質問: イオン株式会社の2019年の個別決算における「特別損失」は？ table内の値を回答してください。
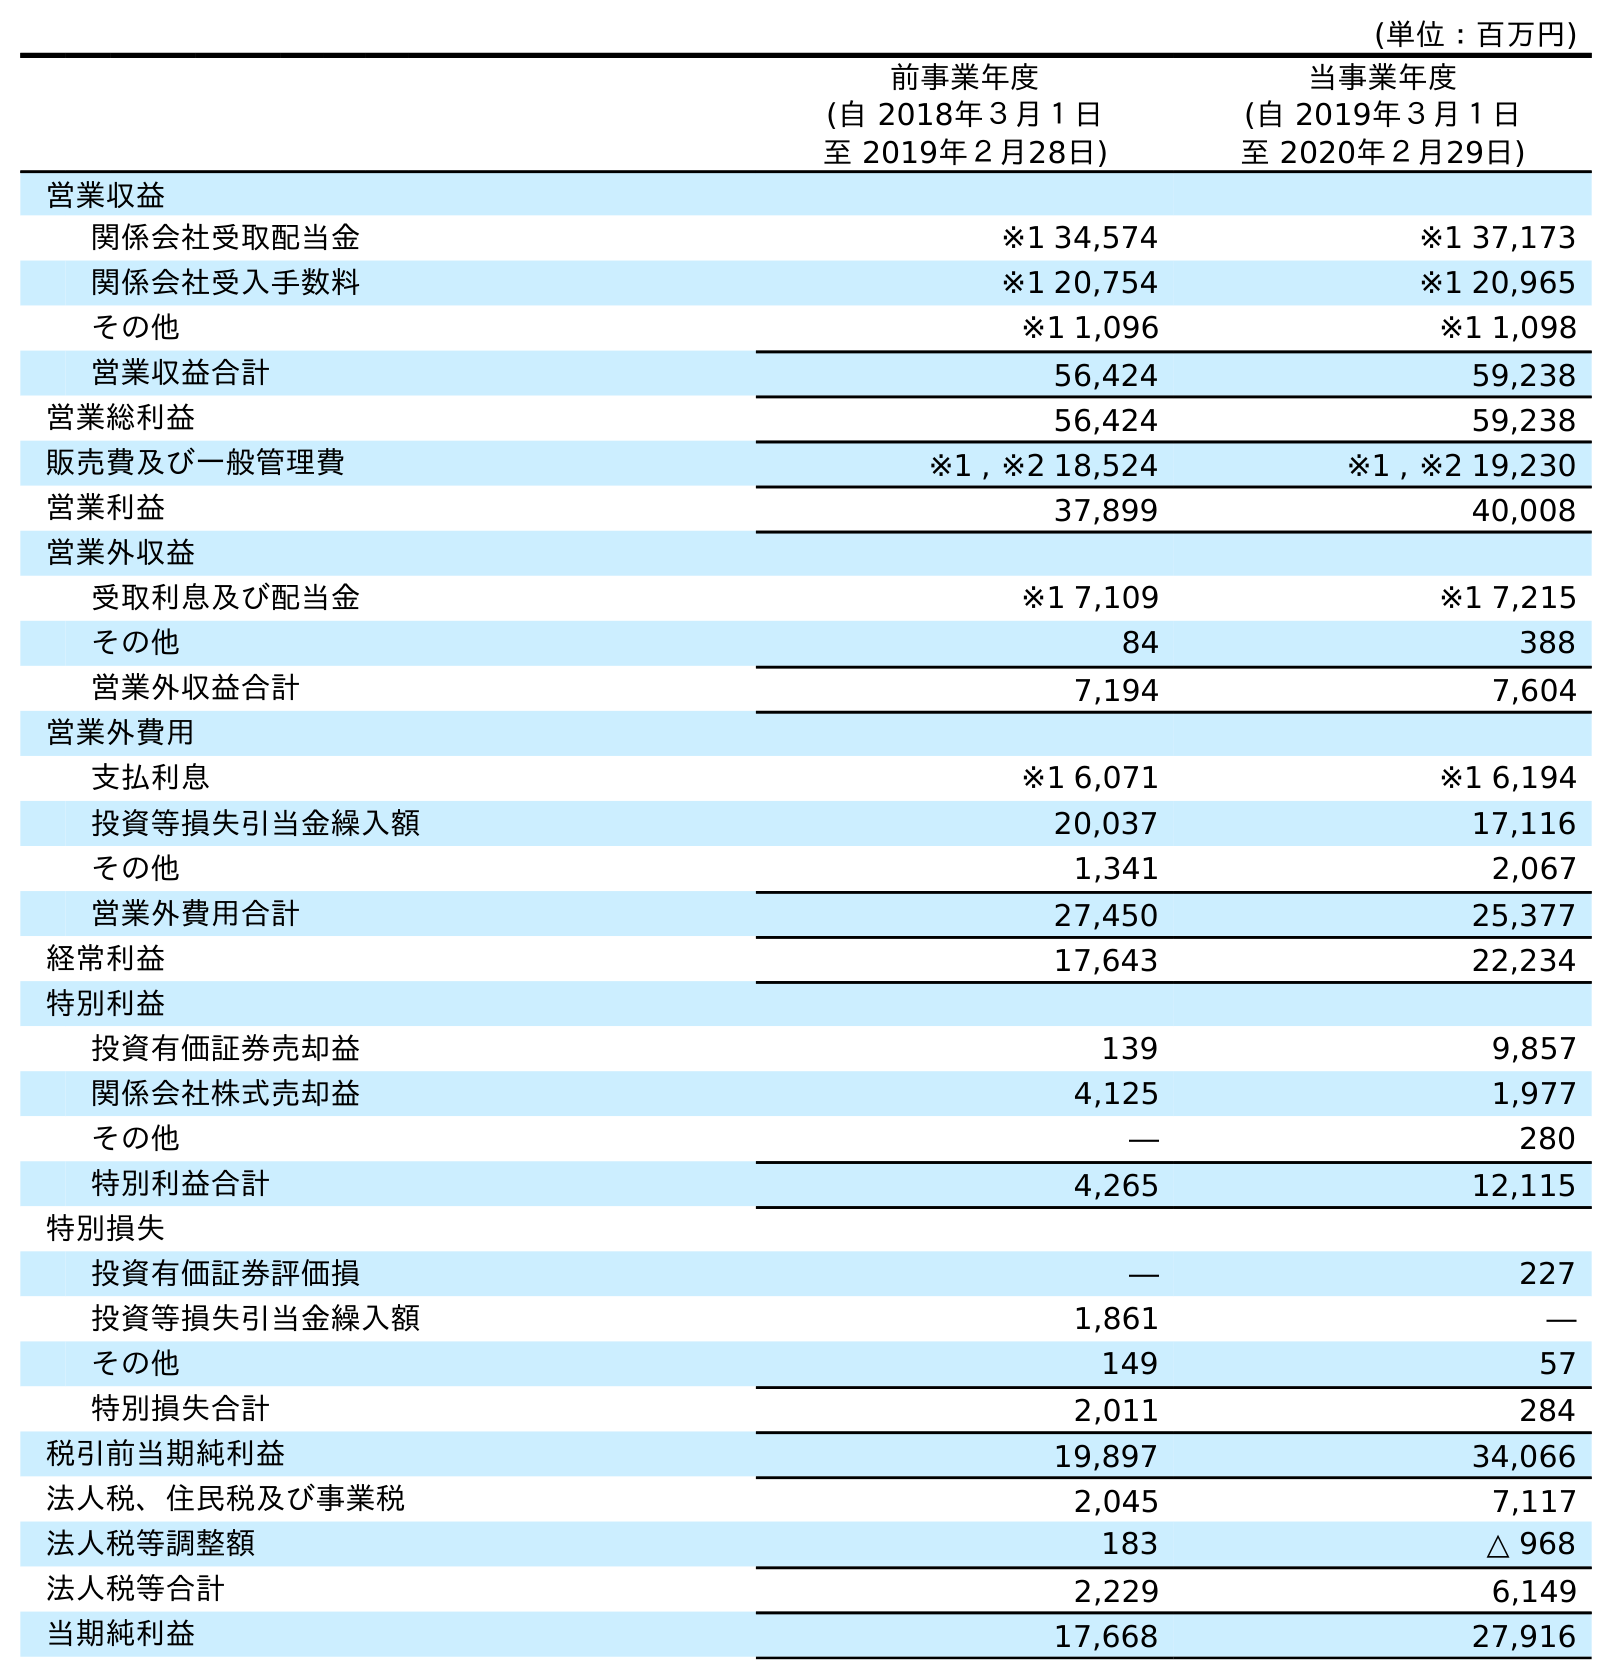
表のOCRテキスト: (単位：百万円) 前事業年度 (自 2018年３月１日 至 2019年２月28日) 当事業年度 (自 2019年３月１日 至 2020年２月29日) 営業収益 関係会社受取配当金 ※1 34,574 ※1 37,173 関係会社受入手数料 ※1 20,754 ※1 20,965 その他 ※1 1,096 ※1 1,098 営業収益合計 56,424 59,238 営業総利益 56,424 59,238 販売費及び一般管理費 ※1 , ※2 18,524 ※1 , ※2 19,230 営業利益 37,899 40,008 営業外収益 受取利息及び配当金 ※1 7,109 ※1 7,215 その他 84 388 営業外収益合計 7,194 7,604 営業外費用 支払利息 ※1 6,071 ※1 6,194 投資等損失引当金繰入額 20,037 17,116 その他 1,341 2,067 営業外費用合計 27,450 25,377 経常利益 17,643 22,234 特別利益 投資有価証券売却益 139 9,857 関係会社株式売却益 4,125 1,977 その他 ― 280 特別利益合計 4,265 12,115 特別損失 投資有価証券評価損 ― 227 投資等損失引当金繰入額 1,861 ― その他 149 57 特別損失合計 2,011 284 税引前当期純利益 19,897 34,066 法人税、住民税及び事業税 2,045 7,117 法人税等調整額 183 △ 968 法人税等合計 2,229 6,149 当期純利益 17,668 27,916
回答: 2,011